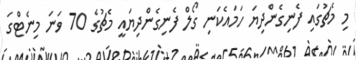
މި މެޗުގައި ފެނިގެންދިޔަ ހަމައެކަނި ގޯލް ފެނިގެންދިޔައީ މެޗުގެ 70 ވަނަ މިނެޓްގަ